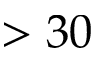
> 3 0